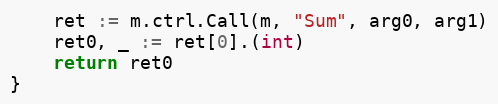
Language: Go
	ret := m.ctrl.Call(m, "Sum", arg0, arg1)
	ret0, _ := ret[0].(int)
	return ret0
}